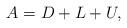
LaTeX: \begin{align*}A = D + L + U,\end{align*}